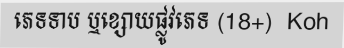
ភេទទាប ឬខ្សោយផ្លូវភេទ (18+)  Koh